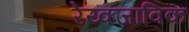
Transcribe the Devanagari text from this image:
रेय्क्जाविक